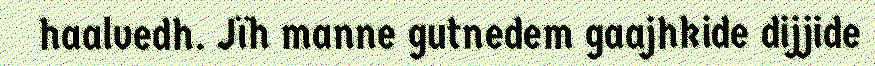
haalvedh. Jïh manne gutnedem gaajhkide dijjide